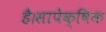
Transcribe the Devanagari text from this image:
है।सापेक्षिक